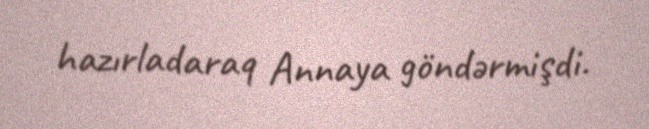
hazırladaraq Annaya göndərmişdi.